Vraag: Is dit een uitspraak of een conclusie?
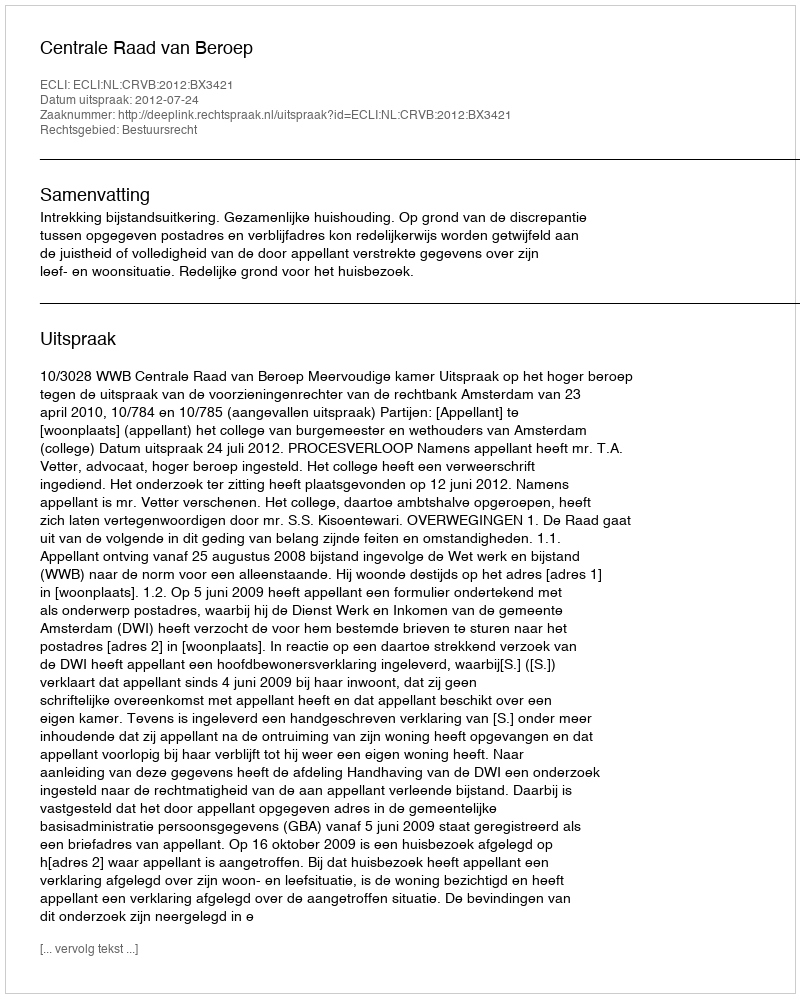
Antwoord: Uitspraak